Civil Veterinary Department ledger series I-VI
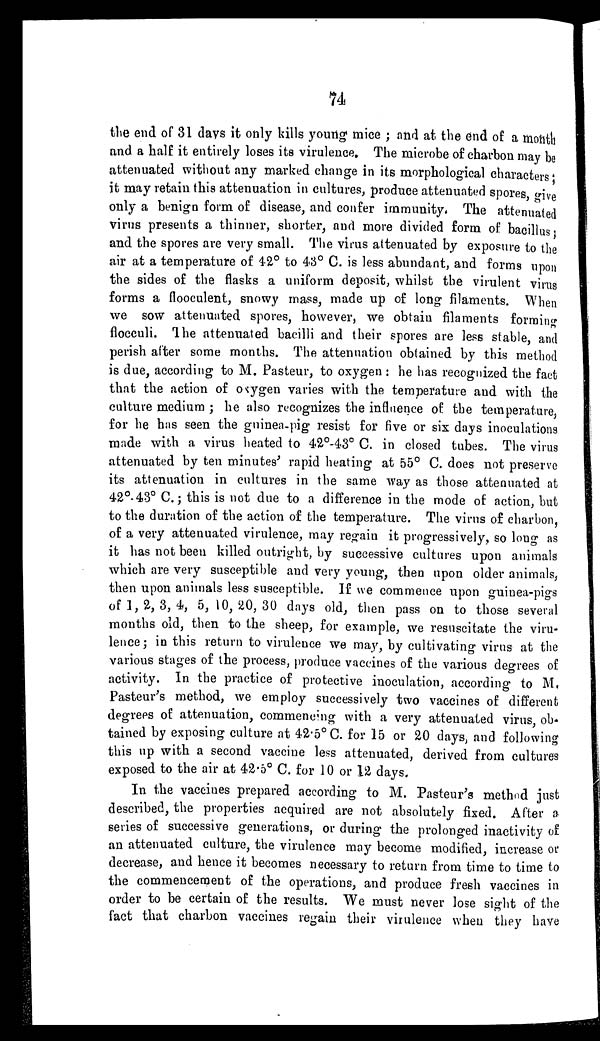
74
the end of 31 days it only kills young mice ; and at the end of a month
and a half it entirely loses its virulence. The microbe of charbon may be
attenuated without any marked change in its morphological characters ;
it may retain this attenuation in cultures, produce attenuated spores, give
only a benign form of disease, and confer immunity. The attenuated
virus presents a thinner, shorter, and more divided form of bacillus ;
and the spores are very small. The virus attenuated by exposure to the
air at a temperature of 42° to 43° C. is less abundant, and forms upon
the sides of the flasks a uniform deposit, whilst the virulent virus
forms a flooculent, snowy mass, made up of long filaments. When
we sow attenuated spores, however, we obtain filaments forming
flocculi. The attenuated bacilli and their spores are less stable, and
perish after some months. The attenuation obtained by this method
is due, according to M. Pasteur, to oxygen : he has recognized the fact
that the action of oxygen varies with the temperature and with the
culture medium ; he also recognizes the influence of the temperature
for he has seen the guinea-pig resist for five or six days inoculations
made with a virus heated to 42°-43° C. in closed tubes. The virus
attenuated by ten minutes' rapid heating at 55° C. does not preserve
its attenuation in cultures in the same way as those attenuated at
42°-43° C.; this is not due to a difference in the mode of action, but
to the duration of the action of the temperature. The virus of charbon
of a very attenuated virulence, may regain it progressively, so long as
it has not been killed outright, by successive cultures upon animals
which are very susceptible and very young, then upon older animals,
then upon animals less susceptible. If we commence upon guinea-pigs
of 1, 2, 3, 4, 5, 10, 20, 30 days old, then pass on to those several
months old, then to the sheep, for example, we resuscitate the viru-
lence; in this return to virulence we may, by cultivating virus at the
various stages of the process, produce vaccines of the various degrees of
activity. In the practice of protective inoculation, according to M.
Pasteur's method, we employ successively two vaccines of different
degrees of attenuation, commencing with a very attenuated virus, ob-
tained by exposing culture at 42.5° C. for 15 or 20 days, and following
this up with a second vaccine less attenuated, derived from cultures
exposed to the air at 42.5° C. for 10 or 12 days.
In the vaccines prepared according to M. Pasteur's method just
described, the properties acquired are not absolutely fixed. After a
series of successive generations, or during the prolonged inactivity of
an attenuated culture, the virulence may become modified, increase or
decrease, and hence it becomes necessary to return from time to time to
the commencement of the operations, and produce fresh vaccines in
order to be certain of the results. We must never lose sight of the
fact that charbon vaccines regain their virulence when they have